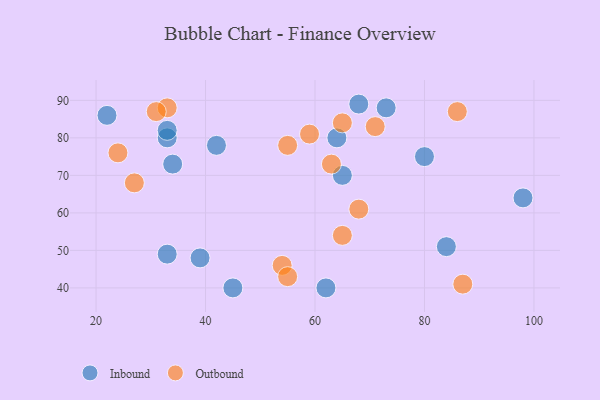
{"axis": {"x": "GDP", "y": "Life Expectancy"}, "legend": ["Inbound", "Outbound"], "data": [{"x": "84", "y": 51, "type": "Inbound"}, {"x": "68", "y": 89, "type": "Inbound"}, {"x": "62", "y": 40, "type": "Inbound"}, {"x": "39", "y": 48, "type": "Inbound"}, {"x": "33", "y": 80, "type": "Inbound"}, {"x": "33", "y": 49, "type": "Inbound"}, {"x": "42", "y": 78, "type": "Inbound"}, {"x": "33", "y": 82, "type": "Inbound"}, {"x": "98", "y": 64, "type": "Inbound"}, {"x": "45", "y": 40, "type": "Inbound"}, {"x": "34", "y": 73, "type": "Inbound"}, {"x": "65", "y": 70, "type": "Inbound"}, {"x": "22", "y": 86, "type": "Inbound"}, {"x": "80", "y": 75, "type": "Inbound"}, {"x": "73", "y": 88, "type": "Inbound"}, {"x": "64", "y": 80, "type": "Inbound"}, {"x": "65", "y": 54, "type": "Outbound"}, {"x": "65", "y": 84, "type": "Outbound"}, {"x": "33", "y": 88, "type": "Outbound"}, {"x": "54", "y": 46, "type": "Outbound"}, {"x": "87", "y": 41, "type": "Outbound"}, {"x": "55", "y": 78, "type": "Outbound"}, {"x": "71", "y": 83, "type": "Outbound"}, {"x": "68", "y": 61, "type": "Outbound"}, {"x": "86", "y": 87, "type": "Outbound"}, {"x": "31", "y": 87, "type": "Outbound"}, {"x": "63", "y": 73, "type": "Outbound"}, {"x": "59", "y": 81, "type": "Outbound"}, {"x": "24", "y": 76, "type": "Outbound"}, {"x": "27", "y": 68, "type": "Outbound"}, {"x": "55", "y": 43, "type": "Outbound"}]}